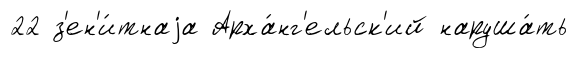
22 з'ен'и́тнаjа Арха́нг'ельск'ий наруша́ть